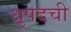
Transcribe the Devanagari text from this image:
ध्रुपदची